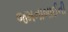
જમનાબાઈની